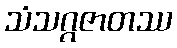
သံသဂ္ဂဇာတဿ